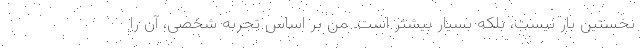
نخستین بار نیست، بلکه بسیار بیشتر است. من بر اساس تجربه شخصی، آن را